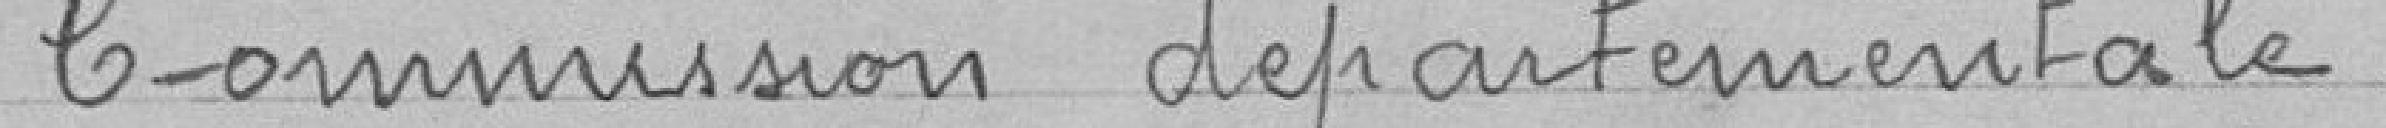
Commission départementale